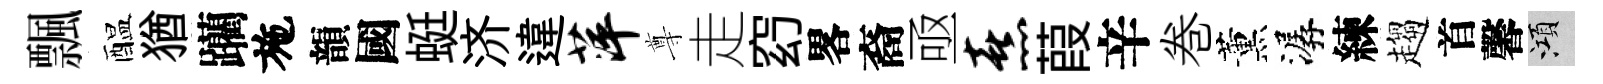
飄醖猶躪施韻國蜓济違萍尊走𥥆畧裔亟熹葭辛巻薰潺練趨首馨澒